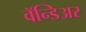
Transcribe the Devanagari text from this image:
वॅन्डिअर